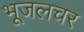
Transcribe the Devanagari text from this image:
भूजलचर